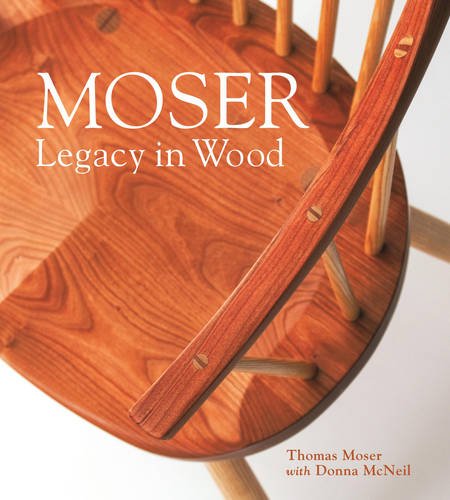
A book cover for Moser: Legacy in Wood; Thomas F. Moser; Arts & Photography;